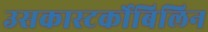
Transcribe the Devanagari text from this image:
उसकास्‍टर्कोबिलिन